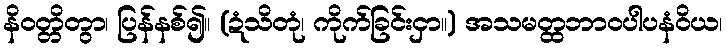
နိဝတ္တိတွာ၊ ပြန်နစ်၍။ (ဍံသိတုံ၊ ကိုက်ခြင်းငှာ။) အသမတ္ထဘာဝပါပနံဝိယ၊